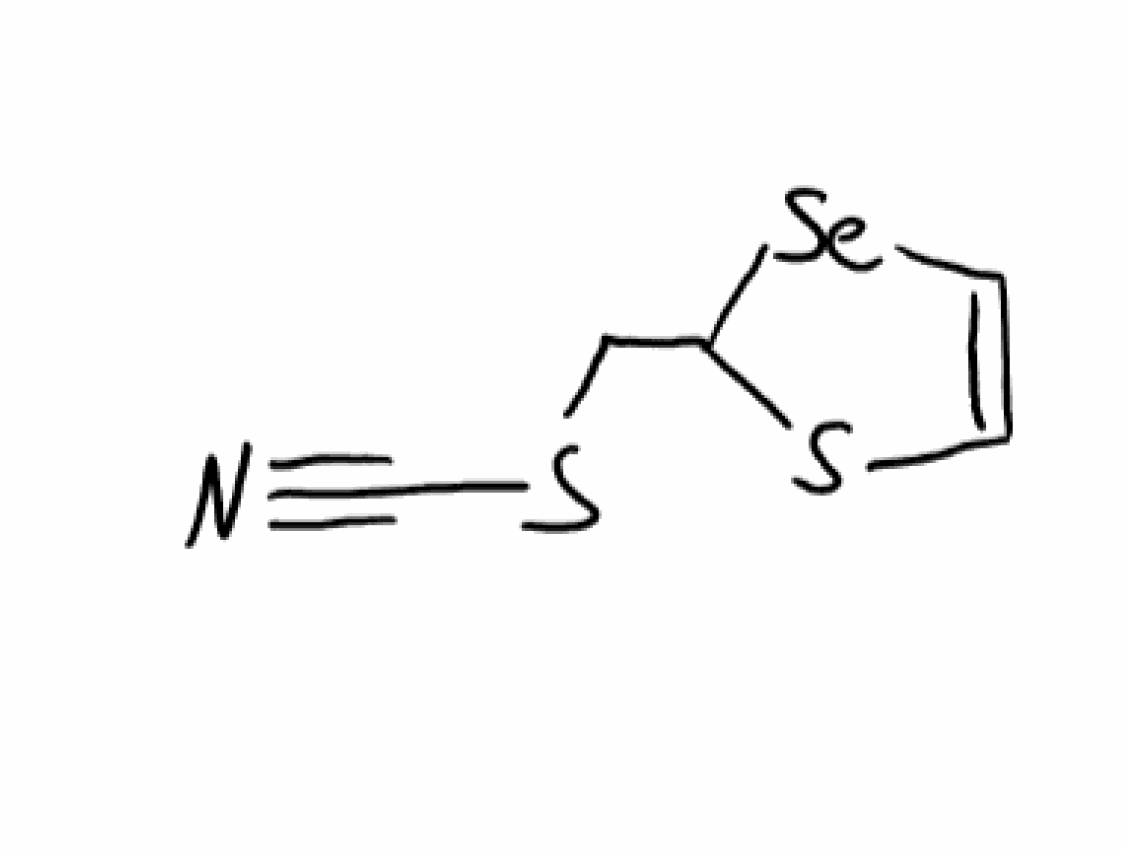
Simplified molecular-input line-entry system (SMILES) notation of the given molecule:
C1=C[Se]C(S1)CSC#N